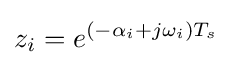
z_{i}=e^{(-\alpha _{i}+j\omega _{i})T_{s}}